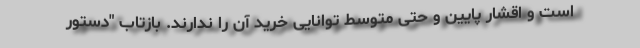
است و اقشار پایین و حتی متوسط توانایی خرید آن را ندارند. بازتاب "دستور